Indian journal of veterinary science and animal husbandry - Volume 7,
Year: 1937
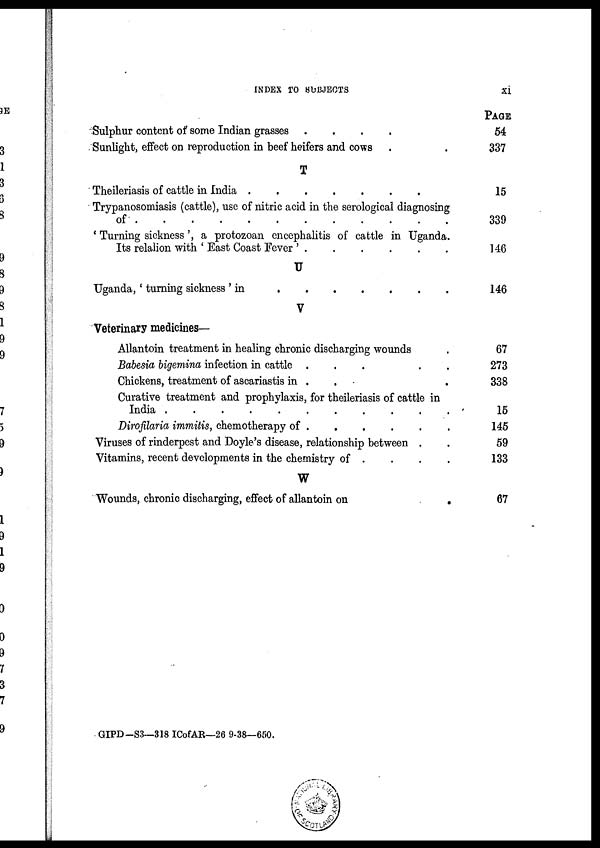
INDEX
TO
SUBJECTS
xi
Sulphur content of some Indian grasses
.
.
.
.
Sunlight, effect on reproduction in beef heifers and cows . .
T
Theileriasis of cattle in India
.
.
.
.
.
.
.
Trypanosomiasis (cattle), use of nitric acid in the serological diagnosing
of . . . . . . . . . . . .
' Turning sickness ', a protozoan encephalitis of cattle in Uganda.
Its relalion with ' East Coast Fever '
.
.
.
.
.
.
U
Uganda,' turning sickness ' in
.
.
.
.
.
.
.
V
Veterinary medicines—
Allantoin treatment in healing chronic discharging wounds .
Babesia bigemina infection in cattle . . . . . .
Chickens, treatment of ascariastis in . . . . . .
Curative treatment and prophylaxis, for theileriasis of cattle in
India . . . . . . . . . . . .
Dirofilaria immitis, chemotherapy of
.
.
.
.
.
.
Viruses of rinderpest and Doyle's disease, relationship between . .
Vitamins, recent developments in the chemistry of . . . .
W
Wounds, chronic discharging, effect of allantoin on .
PAGE
54
337
15
339
146
146
67
273
338
15
145
59
133
67
GIPD-S3—318 ICofAR—26 9-38—650.